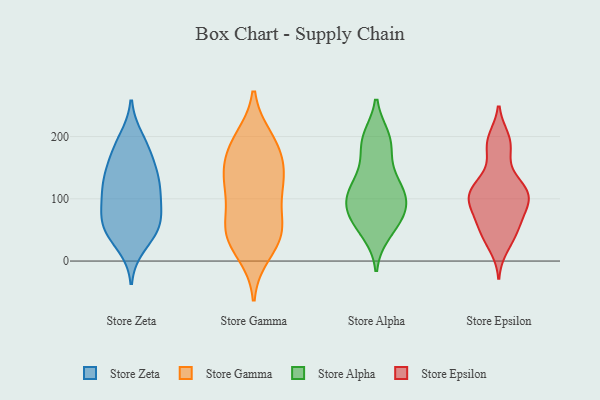
{"axis": {"x": "Customer Acquisition Cost (USD)", "y": "Value"}, "legend": ["Store Alpha", "Store Epsilon", "Store Gamma", "Store Zeta"], "data": [{"x": "", "y": 94, "type": "Store Zeta"}, {"x": "", "y": 87, "type": "Store Zeta"}, {"x": "", "y": 196, "type": "Store Zeta"}, {"x": "", "y": 123, "type": "Store Zeta"}, {"x": "", "y": 49, "type": "Store Zeta"}, {"x": "", "y": 128, "type": "Store Zeta"}, {"x": "", "y": 184, "type": "Store Zeta"}, {"x": "", "y": 53, "type": "Store Zeta"}, {"x": "", "y": 25, "type": "Store Zeta"}, {"x": "", "y": 65, "type": "Store Zeta"}, {"x": "", "y": 138, "type": "Store Zeta"}, {"x": "", "y": 178, "type": "Store Zeta"}, {"x": "", "y": 54, "type": "Store Zeta"}, {"x": "", "y": 85, "type": "Store Zeta"}, {"x": "", "y": 159, "type": "Store Zeta"}, {"x": "", "y": 114, "type": "Store Zeta"}, {"x": "", "y": 134, "type": "Store Zeta"}, {"x": "", "y": 47, "type": "Store Zeta"}, {"x": "", "y": 34, "type": "Store Gamma"}, {"x": "", "y": 50, "type": "Store Gamma"}, {"x": "", "y": 48, "type": "Store Gamma"}, {"x": "", "y": 185, "type": "Store Gamma"}, {"x": "", "y": 196, "type": "Store Gamma"}, {"x": "", "y": 13, "type": "Store Gamma"}, {"x": "", "y": 162, "type": "Store Gamma"}, {"x": "", "y": 122, "type": "Store Gamma"}, {"x": "", "y": 50, "type": "Store Gamma"}, {"x": "", "y": 112, "type": "Store Gamma"}, {"x": "", "y": 132, "type": "Store Gamma"}, {"x": "", "y": 189, "type": "Store Gamma"}, {"x": "", "y": 55, "type": "Store Gamma"}, {"x": "", "y": 113, "type": "Store Gamma"}, {"x": "", "y": 152, "type": "Store Gamma"}, {"x": "", "y": 72, "type": "Store Alpha"}, {"x": "", "y": 182, "type": "Store Alpha"}, {"x": "", "y": 81, "type": "Store Alpha"}, {"x": "", "y": 108, "type": "Store Alpha"}, {"x": "", "y": 192, "type": "Store Alpha"}, {"x": "", "y": 94, "type": "Store Alpha"}, {"x": "", "y": 118, "type": "Store Alpha"}, {"x": "", "y": 123, "type": "Store Alpha"}, {"x": "", "y": 198, "type": "Store Alpha"}, {"x": "", "y": 51, "type": "Store Alpha"}, {"x": "", "y": 45, "type": "Store Alpha"}, {"x": "", "y": 118, "type": "Store Alpha"}, {"x": "", "y": 83, "type": "Store Alpha"}, {"x": "", "y": 97, "type": "Store Alpha"}, {"x": "", "y": 66, "type": "Store Alpha"}, {"x": "", "y": 146, "type": "Store Alpha"}, {"x": "", "y": 197, "type": "Store Alpha"}, {"x": "", "y": 195, "type": "Store Epsilon"}, {"x": "", "y": 66, "type": "Store Epsilon"}, {"x": "", "y": 41, "type": "Store Epsilon"}, {"x": "", "y": 54, "type": "Store Epsilon"}, {"x": "", "y": 123, "type": "Store Epsilon"}, {"x": "", "y": 197, "type": "Store Epsilon"}, {"x": "", "y": 99, "type": "Store Epsilon"}, {"x": "", "y": 185, "type": "Store Epsilon"}, {"x": "", "y": 101, "type": "Store Epsilon"}, {"x": "", "y": 123, "type": "Store Epsilon"}, {"x": "", "y": 106, "type": "Store Epsilon"}, {"x": "", "y": 96, "type": "Store Epsilon"}, {"x": "", "y": 40, "type": "Store Epsilon"}, {"x": "", "y": 65, "type": "Store Epsilon"}, {"x": "", "y": 102, "type": "Store Epsilon"}, {"x": "", "y": 23, "type": "Store Epsilon"}, {"x": "", "y": 109, "type": "Store Epsilon"}, {"x": "", "y": 171, "type": "Store Epsilon"}, {"x": "", "y": 127, "type": "Store Epsilon"}, {"x": "", "y": 83, "type": "Store Epsilon"}]}